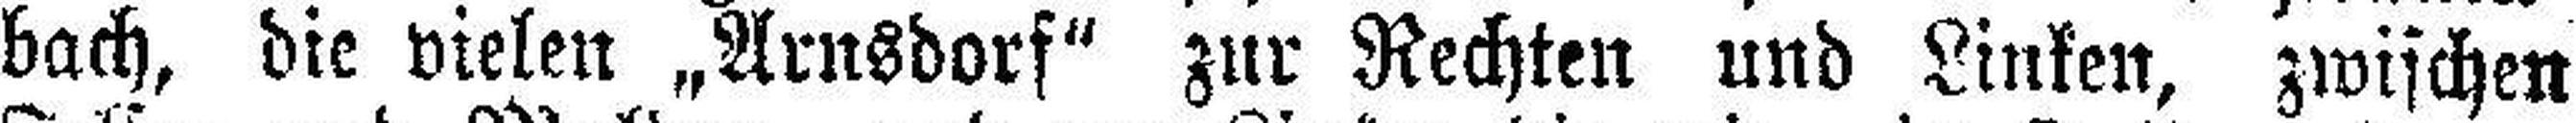
bach, die vielen „Arnsdorf" zur Rechten und Linken, zwischen